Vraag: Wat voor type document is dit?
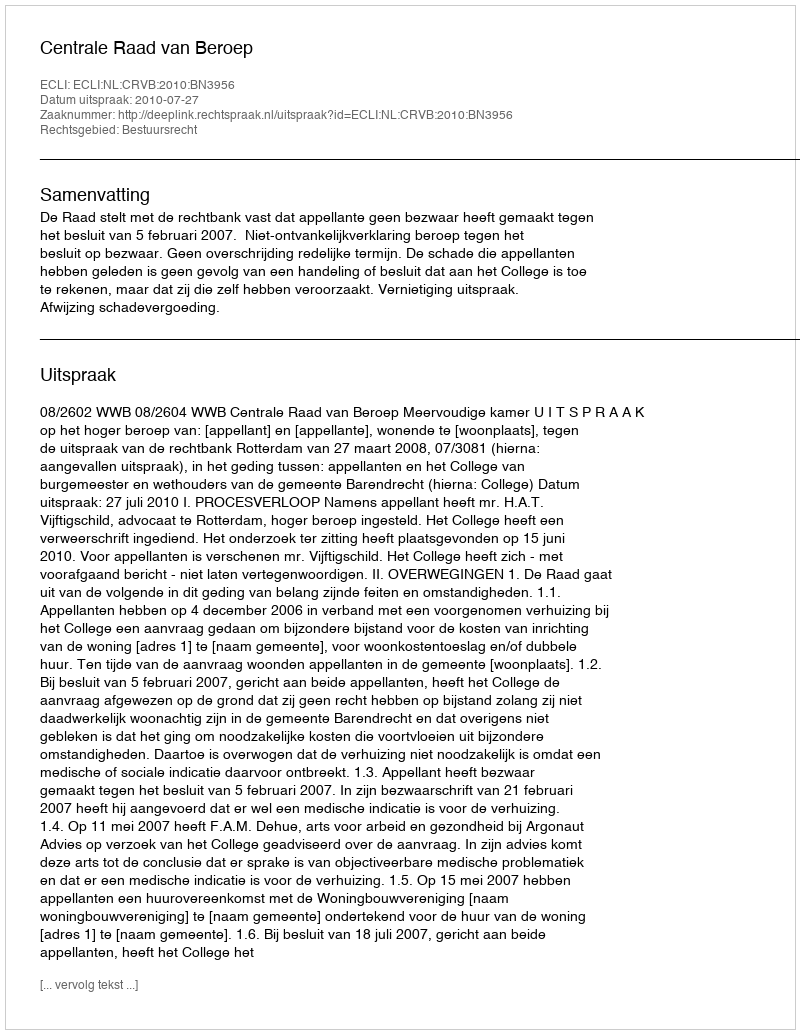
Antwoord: Uitspraak